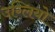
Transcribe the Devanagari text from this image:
उग्लियो